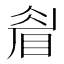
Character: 睂